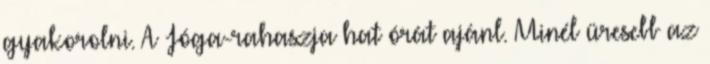
gyakorolni. A Jóga-rahaszja hat órát ajánl. Minél üresebb az